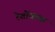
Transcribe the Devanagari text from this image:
रेशोंवाला